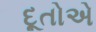
દૂતોએ